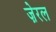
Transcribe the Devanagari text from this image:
ज़ेरल